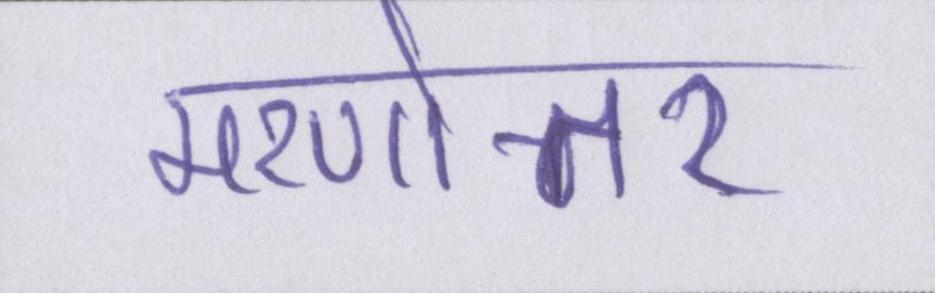
मरणोत्तर